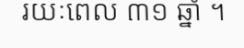
រយៈពេល ៣១ ឆ្នាំ ។